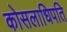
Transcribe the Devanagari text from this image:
कोसलाधिपति